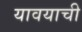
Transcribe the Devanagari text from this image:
यावयाची